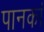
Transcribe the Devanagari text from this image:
पानकां